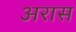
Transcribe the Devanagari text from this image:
अरास